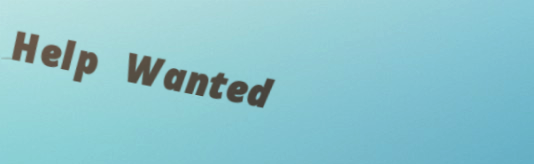
Help Wanted